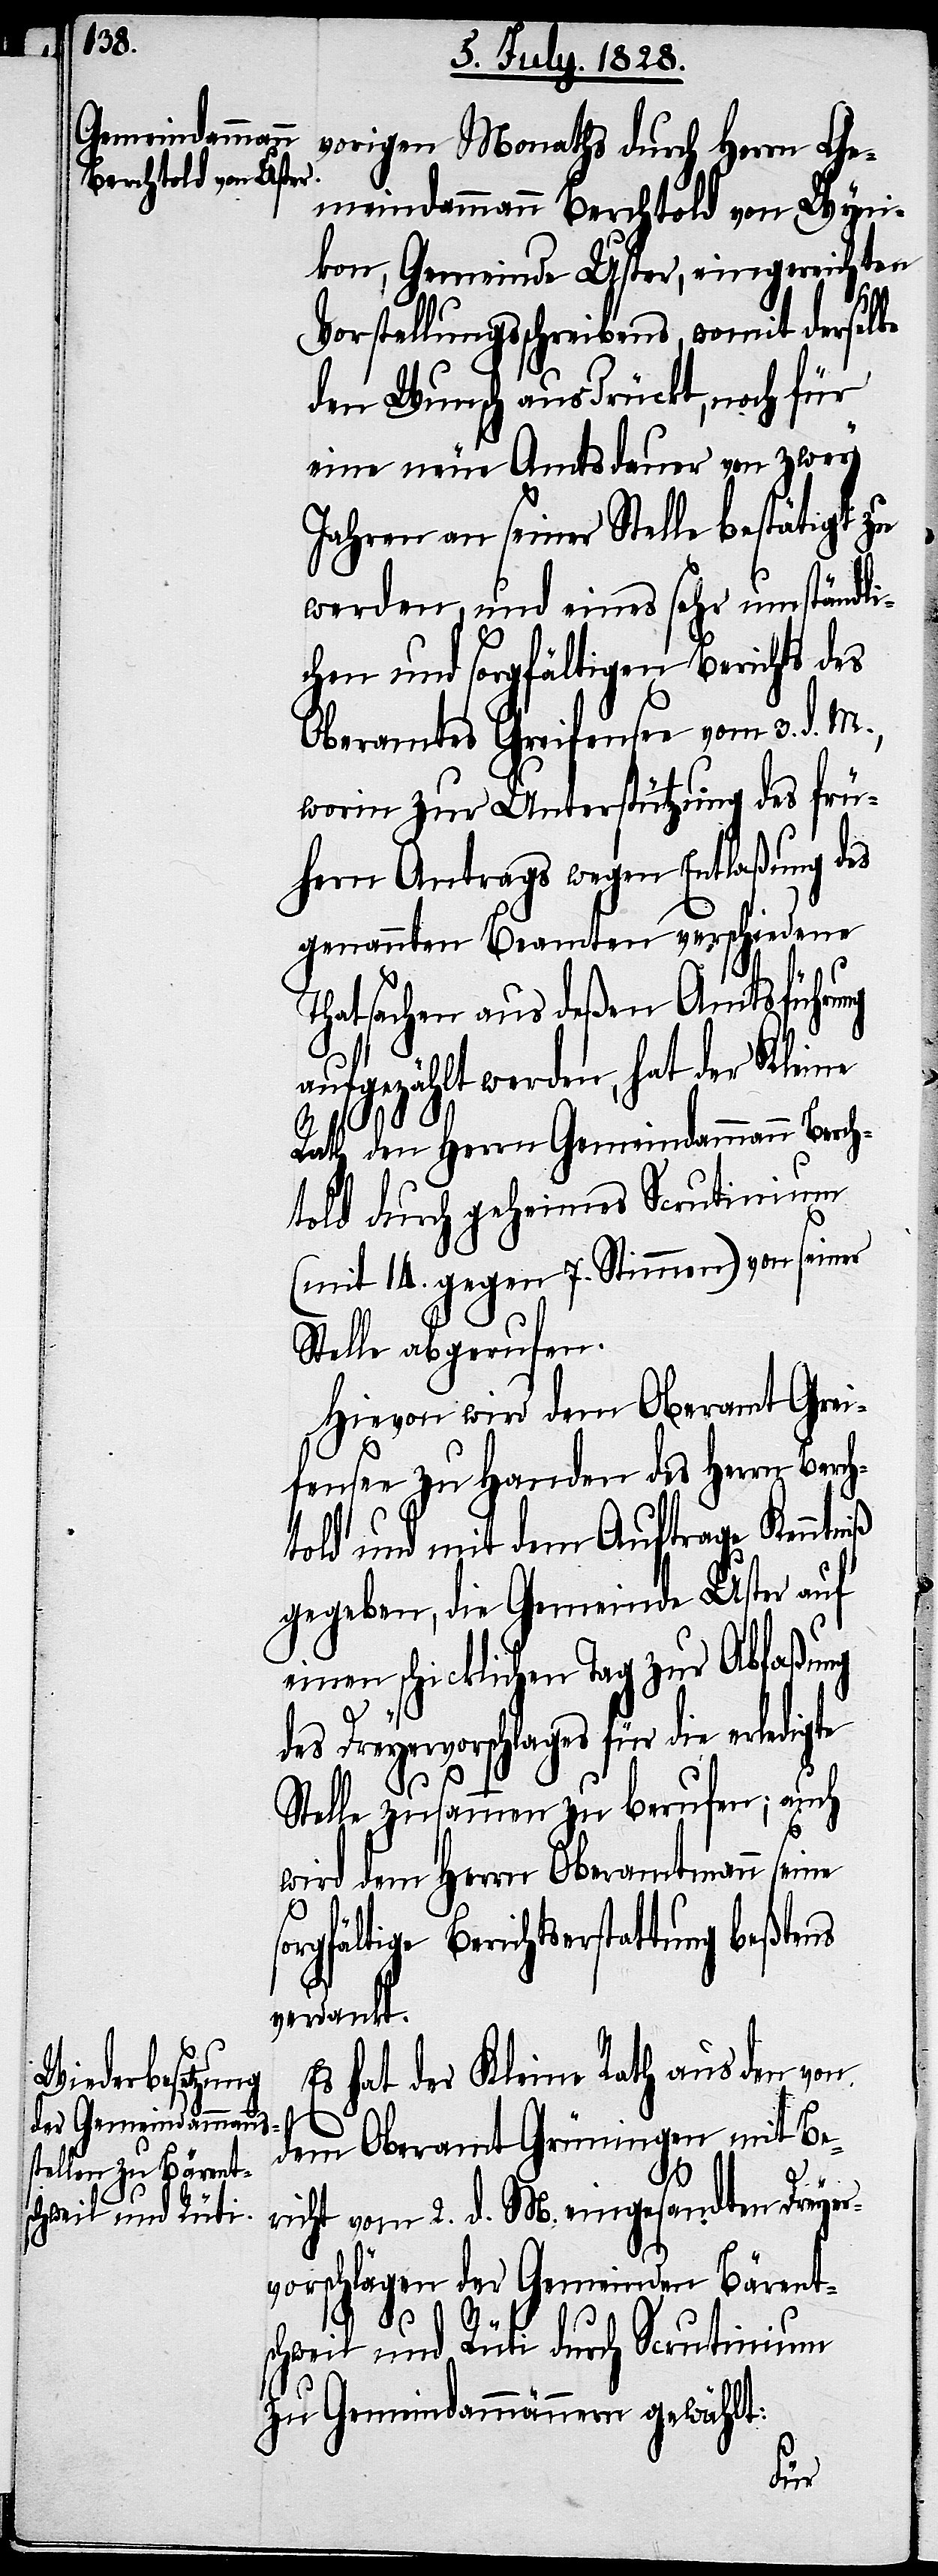
vorigen Monaths durch Herrn Ge¬
meindammann Berchtold von Wyni¬
kon, Gemeinde Uster, eingereichten
Vorstellungsschreibens, womit derselbe
h¬
den Wunsch ausdrückt, noch für
eine neue Amtsdauer von zwey
Jahren an seiner Stelle bestätigt zu
werden, und eines sehr umständli¬
chen und sorgfältigen Berichts des
Oberamtes Greifensee vom 3. d. M.,
worin zur Unterstützung des frü¬
hern Antrags wegen Entlaßung des
genannten Beamten verschiedene
Thatsachen aus deßen Amtsführung
aufgezählt werden, hat der Kleine
Rath den Herrn Gemeindammann Berch¬
told durch geheimes Scrutinium
(mit 14. gegen 7. Stimmen) von seiner
Stelle abgerufen.
Hievon wird dem Oberamt Grei¬
fensee zu Handen des Herrn Berc¬
told und mit dem Auftrage Kenntniß
gegeben, die Gemeinde Uster auf
einen schicklichen Tag zur Abfaßung
Dreyervorschlages für die erledigte
Stelle zusammen zu berufen; auch
wird dem Herrn Oberamtmann seine
gfältige Berichtserstattung beßtens
verdankt.
Es hat der Kleine Rath aus den von
dem Oberamt Grüningen mit Be¬
richt vom 2. d. M. eingesandten Dreyer¬
vorschlägen der Gemeinden Bärent¬
schweil und Rüti durch Scrutinium
zu Gemeindammännern gewählt:
sor¬